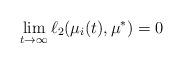
LaTeX: \begin{align*}\lim_{t\rightarrow\infty}\ell_{2}(\mu_{i}(t),\mu^{\ast})=0\end{align*}